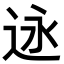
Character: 𬨣